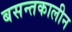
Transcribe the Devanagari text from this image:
बसन्तकालीन